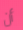
أن